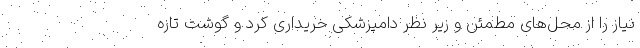
نیاز را از محل‌های مطمئن و زیر نظر دامپزشکی خریداری کرد و گوشت تازه